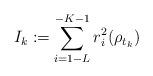
LaTeX: \begin{align*}I_k:=\sum_{i=1-L}^{-K-1}r_i^2(\rho_{t_k})\end{align*}